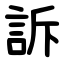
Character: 訴